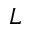
L